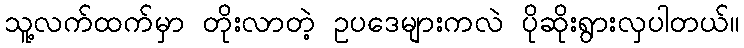
သူ့လက်ထက်မှာ တိုးလာတဲ့ ဥပဒေများကလဲ ပိုဆိုးရွားလှပါတယ်။